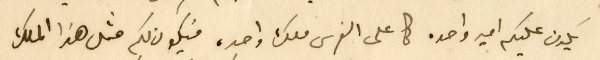
يكون عليكم امير واحد. كما على الفرس ملك واحد، فيكون لكم مثل هذا الملك